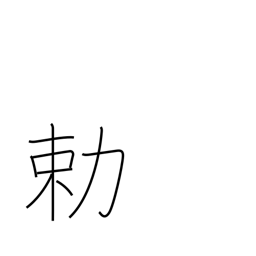
Meaning: imperial order